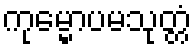
ကုမ္မောပမသုတ္တံ